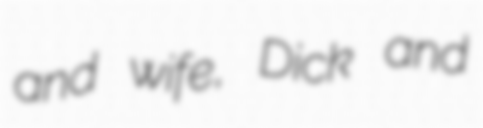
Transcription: and wife, Dick and